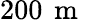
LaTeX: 200\, \mathrm{~m~}